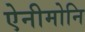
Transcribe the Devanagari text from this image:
ऐनीमोनि